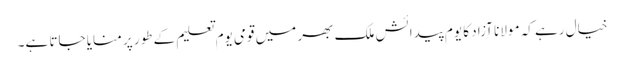
خیال رہے کہ مولانا آزاد کا یوم پیدائش ملک بھر میں قومی یوم تعلیم کے طور پر منایا جاتا ہے۔